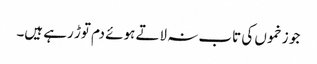
جو زخموں کی تاب نہ لاتے ہوئے دم توڑ رہے ہیں۔